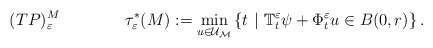
\begin{align*}(TP)^M_\varepsilon\qquad\qquad\tau_\varepsilon^*(M):= \displaystyle\min_{u \in \cal{U}_M} \left\lbrace t\ |\ \mathbb{T}_t^\varepsilon \psi+ \Phi_t^\varepsilon u \in B(0,r)\right\rbrace.\end{align*}